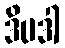
ဒိပဒါ